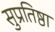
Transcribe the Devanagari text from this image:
सुप्रतिष्ठा